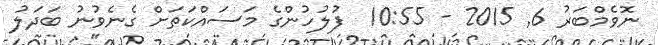
ނޮވެމްބަރު 6